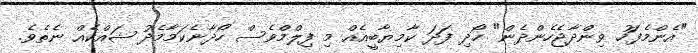
"އެންމެފަހު ވިންދާޖެހެންދެން" ހޯދި ފަދަ ކާމިޔާބީއެއް މި ފިލްމްވެސް ހޯދާނެކަމާމެދު ޝައްކެއް ނެތެވެ.